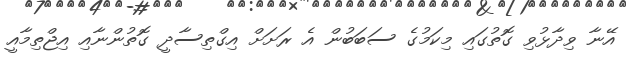
އޭނާ ވިދާޅުވި ގޮތުގައި މިިކަމުގެ ސަބަބުން އެ ރަށަށް އިގްތިސާދީ ގޮތުންނާއި އިޖްތިމާއީ